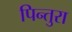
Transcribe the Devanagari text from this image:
पिन्तुरा